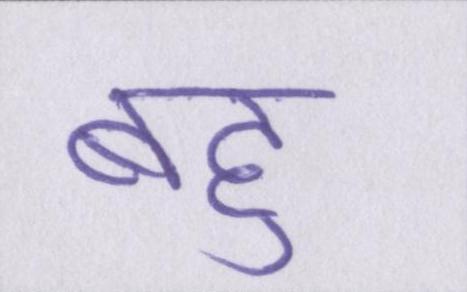
बहु